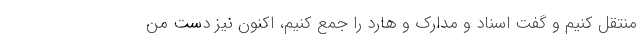
منتقل کنیم و گفت اسناد و مدارک و هارد را جمع کنیم، اکنون نیز دست من